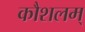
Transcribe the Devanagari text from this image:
कौशलम्